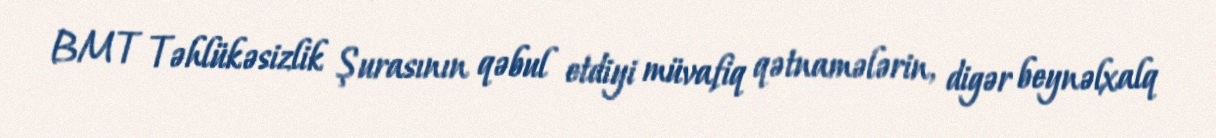
BMT Təhlükəsizlik Şurasının qəbul etdiyi müvafiq qətnamələrin, digər beynəlxalq